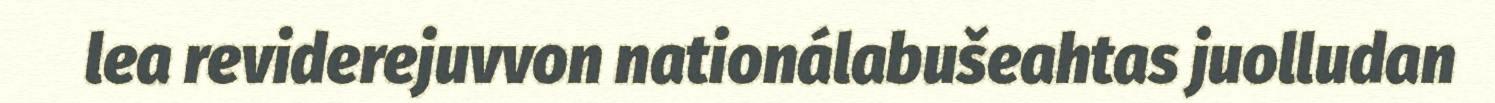
lea reviderejuvvon nationálabušeahtas juolludan